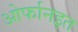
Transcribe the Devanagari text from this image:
ओर्फानइत